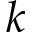
k